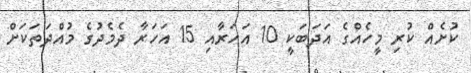
ކުށެއް ކުރި މީހެއްގެ އަދަބަކީ 10 އަހަރާއި 15 އަހަރާ ދެމެދުގެ މުއްދަތަކަށް